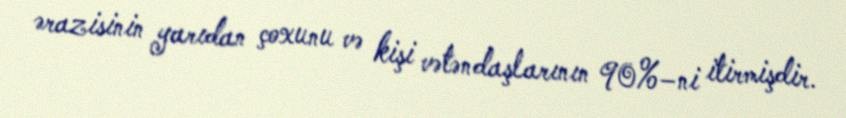
ərazisinin yarıdan çoxunu və kişi vətəndaşlarının 90%–ni itirmişdir.